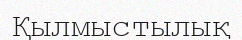
Қылмыстылық